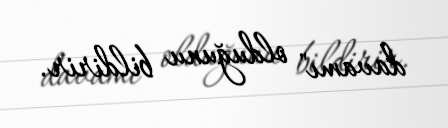
davamı" olduğunu bildirir.